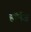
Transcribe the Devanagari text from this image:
हॉर्मज़